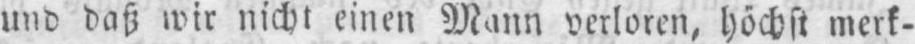
und daß wir nicht einen Mann verloren, höchst merk-